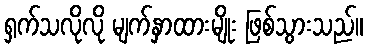
ရှက်သလိုလို မျက်နှာထားမျိုး ဖြစ်သွားသည်။